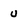
Character: u